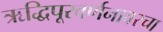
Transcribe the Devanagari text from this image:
ऋद्धिपूरवर्णनावरचा